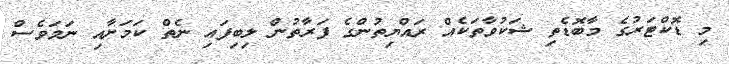
މި ޑޮކްޓަރުގެ މާބޮޑެތި ޝަކުވާތަކެއް ރައްޔިތުންގެ ފަރާތުން ލިބިފައި ނެތް ކަމަށާއި ނަމަވެސް